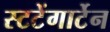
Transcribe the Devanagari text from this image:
स्टटेंगार्टेन